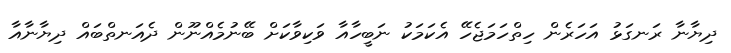
ދިޔާނާ ރަނގަޅު އަހަރެން ހިތްހަމަޖެހޭ އެކަމަކު ނަބީހާއާ ވަކިވާކަށް ބޭނުމެއްނޫން ދެއަނތްބައް ދިޔާނާއާ